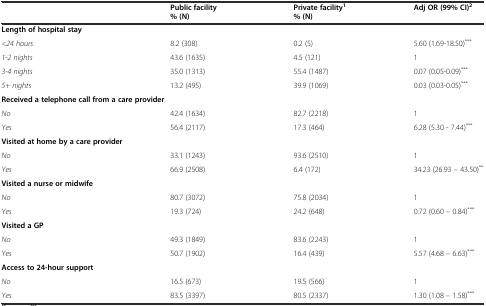
<table><thead><tr><td></td><td><b>Public facility % (N)</b></td><td><b>Private facility<sup>1</sup> % (N)</b></td><td><b>Adj OR (99%CI)<sup>2</sup></b></td></tr></thead><tbody><tr><td><b>Length of hospital stay</b></td><td></td><td></td><td></td></tr><tr><td><i>&lt;24 hours</i></td><td>8.2 (308)</td><td>0.2 (5)</td><td>5.60 (1.69-18.50)<sup>***</sup></td></tr><tr><td><i>1-2 nights</i></td><td>43.6 (1635)</td><td>4.5 (121)</td><td>1</td></tr><tr><td><i>3-4 nights</i></td><td>35.0 (1313)</td><td>55.4 (1487)</td><td>0.07 (0.05-0.09)<sup>***</sup></td></tr><tr><td><i>5+ nights</i></td><td>13.2 (495)</td><td>39.9 (1069)</td><td>0.03 (0.03-0.05)<sup>***</sup></td></tr><tr><td colspan="2"><b>Received a telephone call from a care provider</b></td><td></td><td></td></tr><tr><td><i>No</i></td><td>42.4 (1634)</td><td>82.7 (2218)</td><td>1</td></tr><tr><td><i>Yes</i></td><td>56.4 (2117)</td><td>17.3 (464)</td><td>6.28 (5.30 - 7.44)<sup>***</sup></td></tr><tr><td colspan="2"><b>Visited at home by a care provider</b></td><td></td><td></td></tr><tr><td><i>No</i></td><td>33.1 (1243)</td><td>93.6 (2510)</td><td>1</td></tr><tr><td><i>Yes</i></td><td>66.9 (2508)</td><td>6.4 (172)</td><td>34.23 (26.93 – 43.50)<sup>**</sup></td></tr><tr><td><b>Visited a nurse or midwife</b></td><td></td><td></td><td></td></tr><tr><td><i>No</i></td><td>80.7 (3072)</td><td>75.8 (2034)</td><td>1</td></tr><tr><td><i>Yes</i></td><td>19.3 (724)</td><td>24.2 (648)</td><td>0.72 (0.60 – 0.84)<sup>***</sup></td></tr><tr><td><b>Visited a GP</b></td><td></td><td></td><td></td></tr><tr><td><i>No</i></td><td>49.3 (1849)</td><td>83.6 (2243)</td><td>1</td></tr><tr><td><i>Yes</i></td><td>50.7 (1902)</td><td>16.4 (439)</td><td>5.57 (4.68 – 6.63)<sup>***</sup></td></tr><tr><td><b>Access to 24-hour support</b></td><td></td><td></td><td></td></tr><tr><td><i>No</i></td><td>16.5 (673)</td><td>19.5 (566)</td><td>1</td></tr><tr><td><i>Yes</i></td><td>83.5 (3397)</td><td>80.5 (2337)</td><td>1.30 (1.08 – 1.58)<sup>***</sup></td></tr></tbody></table>